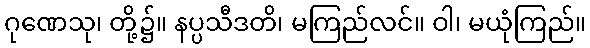
ဂုဏေသု၊ တို့၌။ နပ္ပသီဒတိ၊ မကြည်လင်။ ဝါ၊ မယုံကြည်။